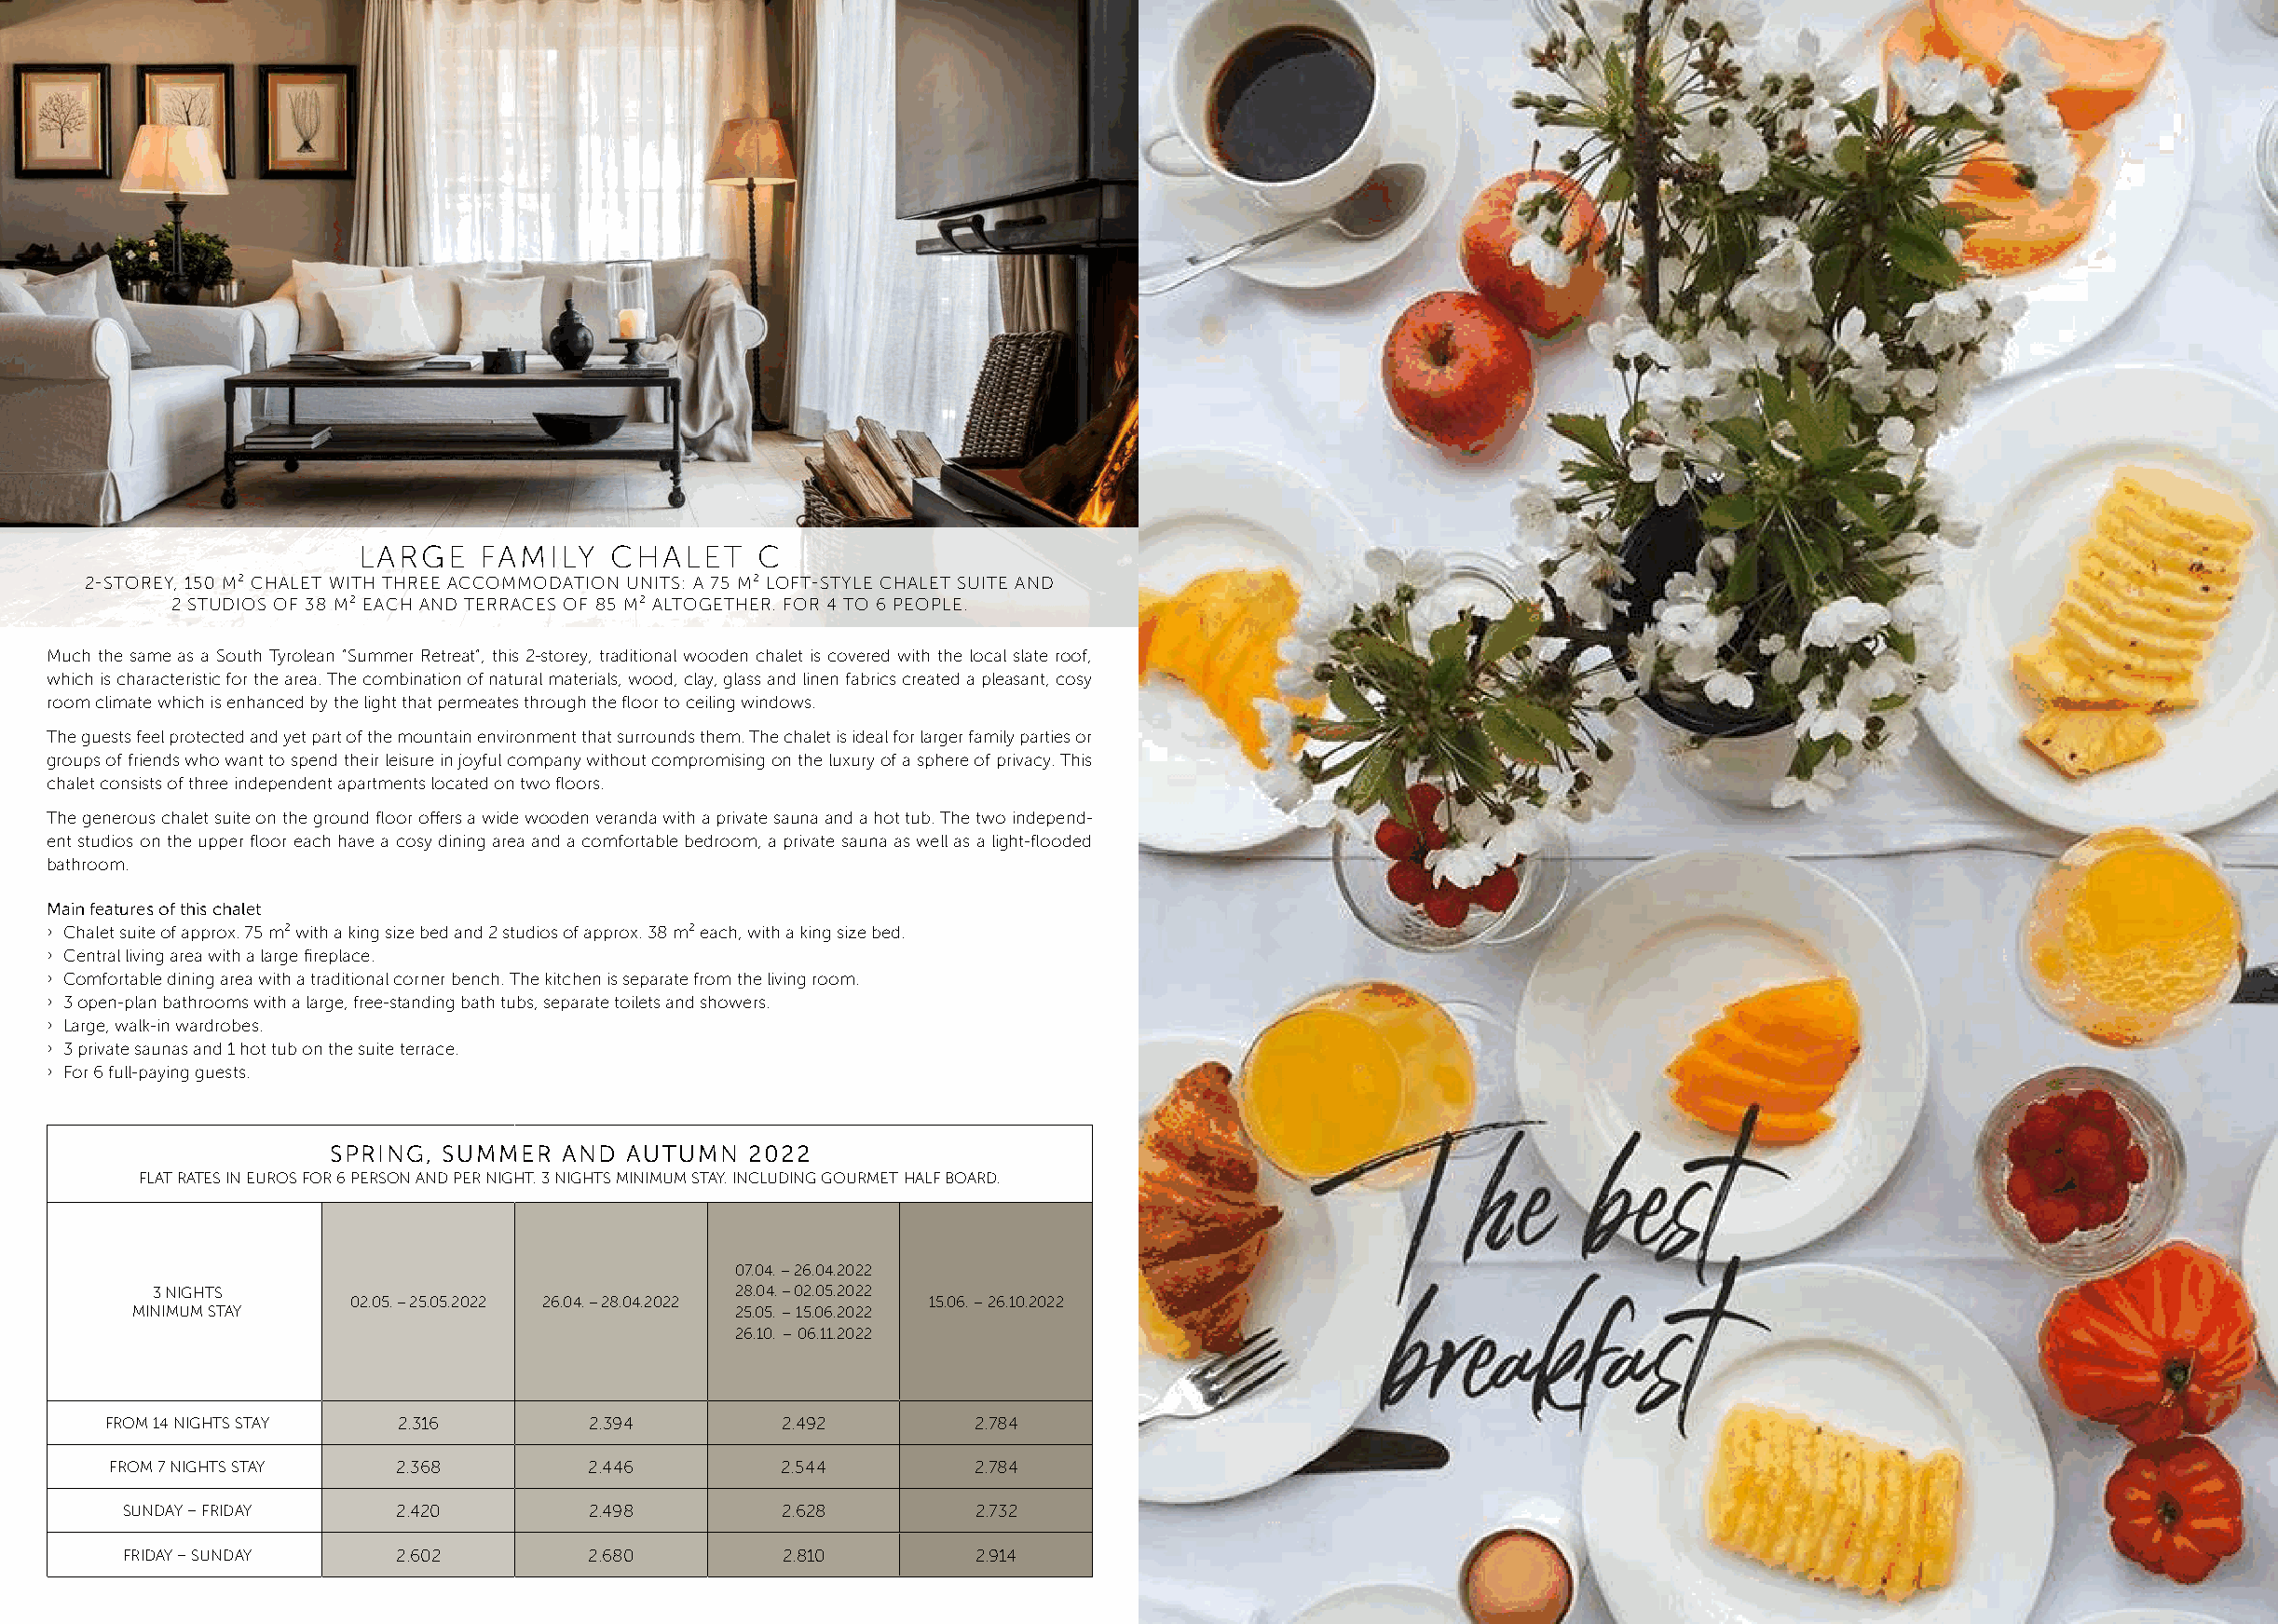
LARGE    FAMILY   CHALET     C
 2-STOREY, 150 M² CHALET WITH THREE ACCOMMODATION UNITS: A 75 M² LOFT-STYLE CHALET SUITE AND
 2 STUDIOS OF 38 M² EACH AND TERRACES OF 85 M² ALTOGETHER. FOR 4 TO 6 PEOPLE.
 Much the same as a South Tyrolean “Summer Retreat”, this 2-storey, traditional wooden chalet is covered with the local slate roof,
 which is characteristic for the area. The combination of natural materials, wood, clay, glass and linen fabrics created a pleasant, cosy
 room climate which is enhanced by the light that permeates through the floor to ceiling windows.
 The guests feel protected and yet part of the mountain environment that surrounds them. The chalet is ideal for larger family parties or
 groups of friends who want to spend their leisure in joyful company without compromising on the luxury of a sphere of privacy. This
 chalet consists of three independent apartments located on two floors.
 The generous chalet suite on the ground floor offers a wide wooden veranda with a private sauna and a hot tub. The two independ-
 ent studios on the upper floor each have a cosy dining area and a comfortable bedroom, a private sauna as well as a light-flooded
 bathroom.
 Main features of this chalet
 › Chalet suite of approx. 75 m² with a king size bed and 2 studios of approx. 38 m² each, with a king size bed.
 › Central living area with a large fireplace.
 › Comfortable dining area with a traditional corner bench. The kitchen is separate from the living room.
 › 3 open-plan bathrooms with a large, free-standing bath tubs, separate toilets and showers.
 › Large, walk-in wardrobes.
 › 3 private saunas and 1 hot tub on the suite terrace.
 › For 6 full-paying guests.
 SPRING, SUMMER   AND  AUTUMN  2022
 FLAT RATES IN EUROS FOR 6 PERSON AND PER NIGHT. 3 NIGHTS MINIMUM STAY. INCLUDING GOURMET HALF BOARD.
 07.04. – 26.04.2022
 3 NIGHTS                                 28.04. – 02.05.2022
 02.05. – 25.05.2022 26.04. – 28.04.2022  15.06. – 26.10.2022
 MINIMUM STAY                               25.05. – 15.06.2022
 26.10. – 06.11.2022
 FROM 14 NIGHTS STAY  2.316         2.394         2.492        2.784
 FROM 7 NIGHTS STAY  2.368         2.446        2.544         2.784
 SUNDAY – FRIDAY    2.420         2.498         2.628        2.732
 FRIDAY – SUNDAY    2.602         2.680         2.810        2.914